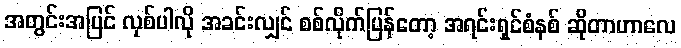
အတွင်းအပြင် လှစ်ပါလို အခင်းလျှင် စစ်လိုက်ပြန်တော့ အရင်းရှင်စံနစ် ဆိုတာဟာလေ